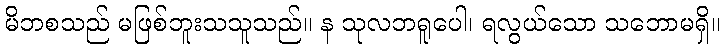
မိဘစသည် မဖြစ်ဘူးသသူသည်။ န သုလဘရူပေါ၊ ရလွယ်သော သဘောမရှိ။